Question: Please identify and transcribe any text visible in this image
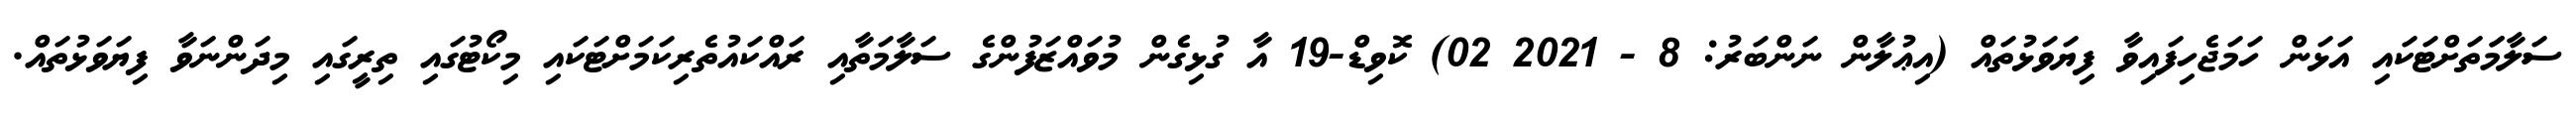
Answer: ސަލާމަަތަށްޓަކައި އަޅަން ހަމަޖެހިފައިވާ ފިޔަވަޅުތައް (އިޢުލާން ނަންބަރު: 8 - 2021 02) ކޮވިޑް-19 އާ ގުޅިގެން މުވައްޒަފުންގެ ސަލާމަތާއި ރައްކައުތެރިކަމަށްޓަކައި މިކޯޓުގައި ތިރީގައި މިދަންނަވާ ފިޔަވަޅުތައް.